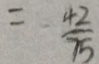
= \frac { 4 2 } { 7 5 }